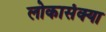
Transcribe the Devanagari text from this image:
लोकासंक्या